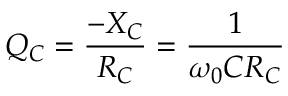
Q _ { C } = { \frac { - X _ { C } } { R _ { C } } } = { \frac { 1 } { \omega _ { 0 } C R _ { C } } }